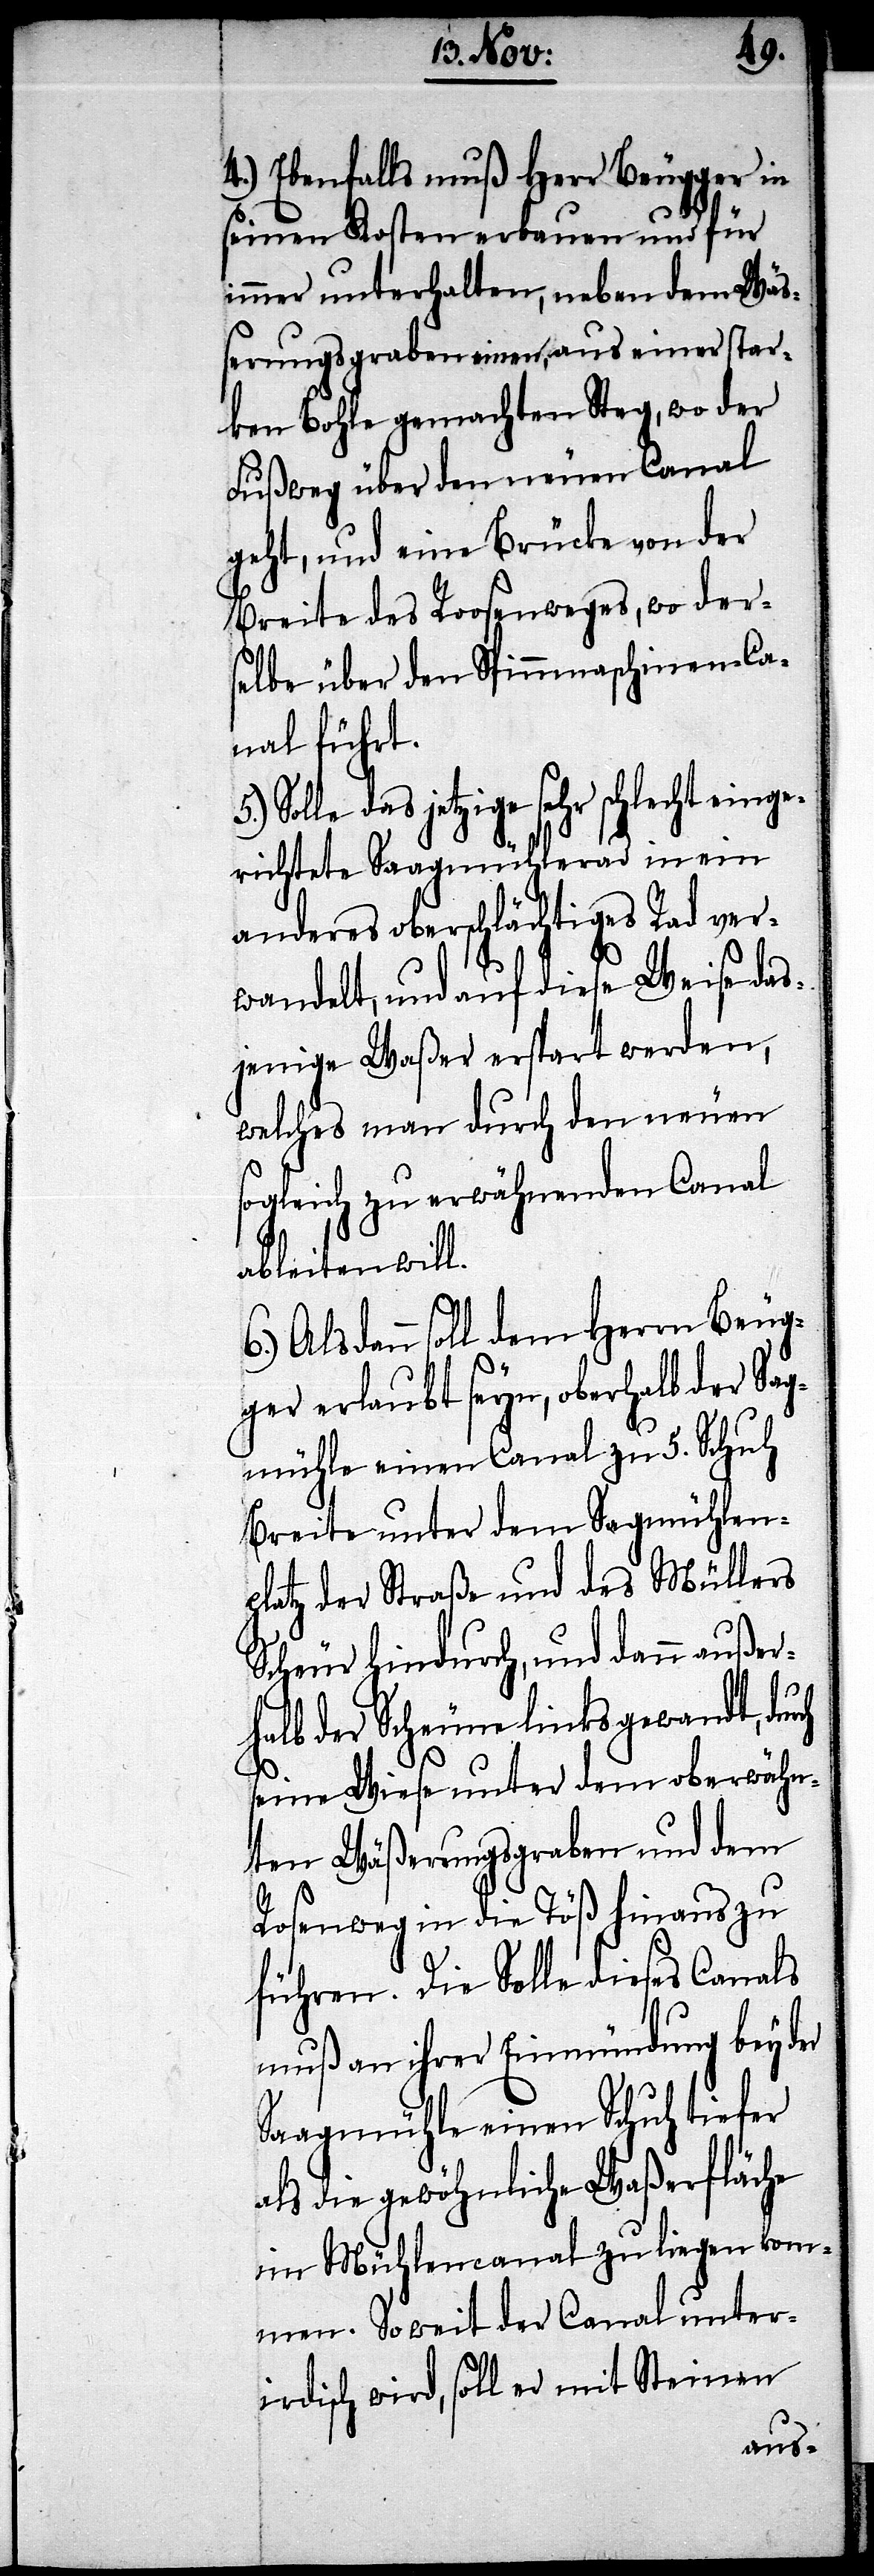
ch
4.) Ebenfalls muß Herr Beugger in
seinen Kosten erbauen und für
immer unterhalten, neben dem Waß¬
erungsgraben einen, aus einer star¬
ken Bohle gemachten Steg, wo der
Fußweg über den neuen Canal
geht, und eine Brücke von der
Breite des Roosenweges, wo der¬
selbe über den Spinnmaschinen-Ca¬
nal führt.
Solle das jetzige sehr schlecht einge¬
richtete Saagmühlerad in ein
anderes oberschlächtiges Rad ver¬
wandelt, und auf diese Weise das¬
jenige Waßer erspart werden,
welches man durch den neuen
sogleich zu erwähnenden Canal
ableiten will.
Als dann soll dem Herrn Beug¬
ger erlaubt seyn, oberhalb der Sag¬
mühle einen Canal zu 5. Schuh
Breite unter dem Sagmühlen¬
platz der Straße und des Müllers
Scheur hindurch, und dann außer¬
halb der Scheune links gewandt, dur¬
seine Wiese unter dem oberwähn¬
ten Wäßerungsgraben und dem
Rosenweg in die Töß hinaus zu
führen. Die Solle dieses Canals
muß an ihrer Einmündung bey der
Saagmühle einen Schuh tiefer
als die gewöhnliche Waßerfläche
im Mühlencanal zu liegen kom¬
men. Soweit der Canal unter¬
irdisch wird, soll er mit Steinen